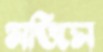
মজিস